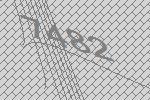
7482